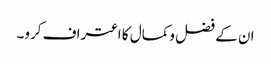
ان کے فضل وکمال کا اعتراف کرو۔